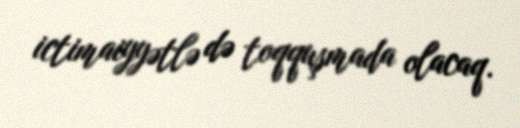
ictimaiyyətlə də toqquşmada olacaq.